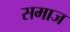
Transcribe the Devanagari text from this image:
समाज